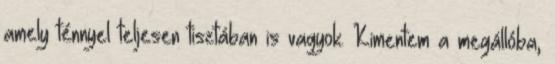
amely ténnyel teljesen tisztában is vagyok. Kimentem a megállóba,